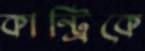
কান্ট্রিকে